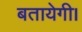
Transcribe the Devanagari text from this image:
बतायेगी।